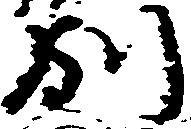
別